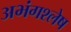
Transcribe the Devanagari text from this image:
अभंगश्लेष